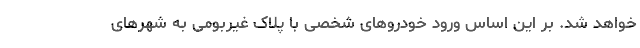
خواهد شد. بر این اساس ورود خودروهای شخصی با پلاک غیربومی به شهرهای